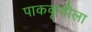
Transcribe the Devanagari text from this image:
पाककृतीला